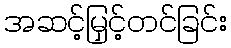
အဆင့်မြှင့်တင်ခြင်း